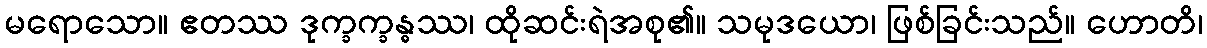
မရောသော။ ဧတဿ ဒုက္ခက္ခန္ဓဿ၊ ထိုဆင်းရဲအစု၏။ သမုဒယော၊ ဖြစ်ခြင်းသည်။ ဟောတိ၊